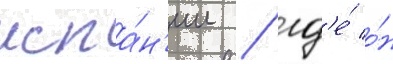
испа́н'ии / гд'е́ о́н